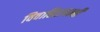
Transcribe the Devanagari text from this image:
विवाहितापत्नी